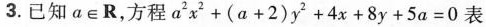
3.已知 a\in R，方程$$a ^ { 2 } x ^ { 2 } +